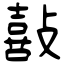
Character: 敼